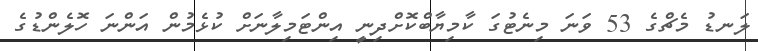
ލަނޑު މެޗްގެ 53 ވަނަ މިނެޓުގަ ކާމިޔާބްކޮށްދިނީ އިންޓަމިލާނަށް ކުޅެމުން އަންނަ ހޮލެންޑުގެ